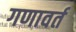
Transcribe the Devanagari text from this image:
गणावर्त